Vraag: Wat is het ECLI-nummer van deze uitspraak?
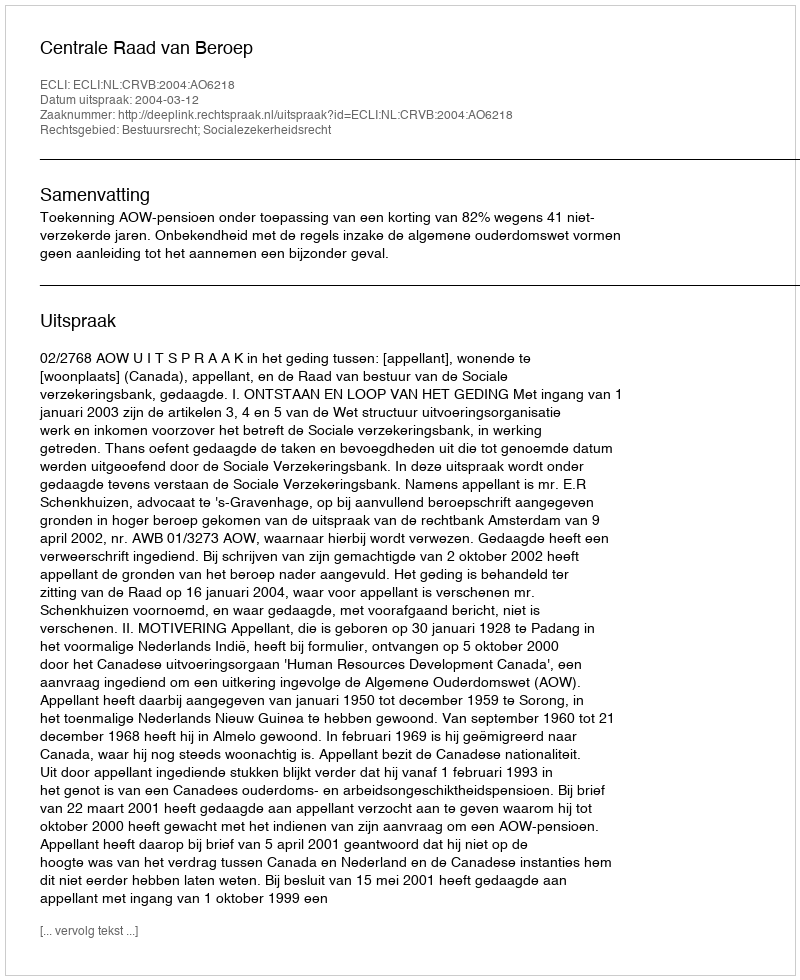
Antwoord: ECLI:NL:CRVB:2004:AO6218